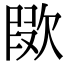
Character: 㰺